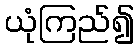
ယုံကြည်၍